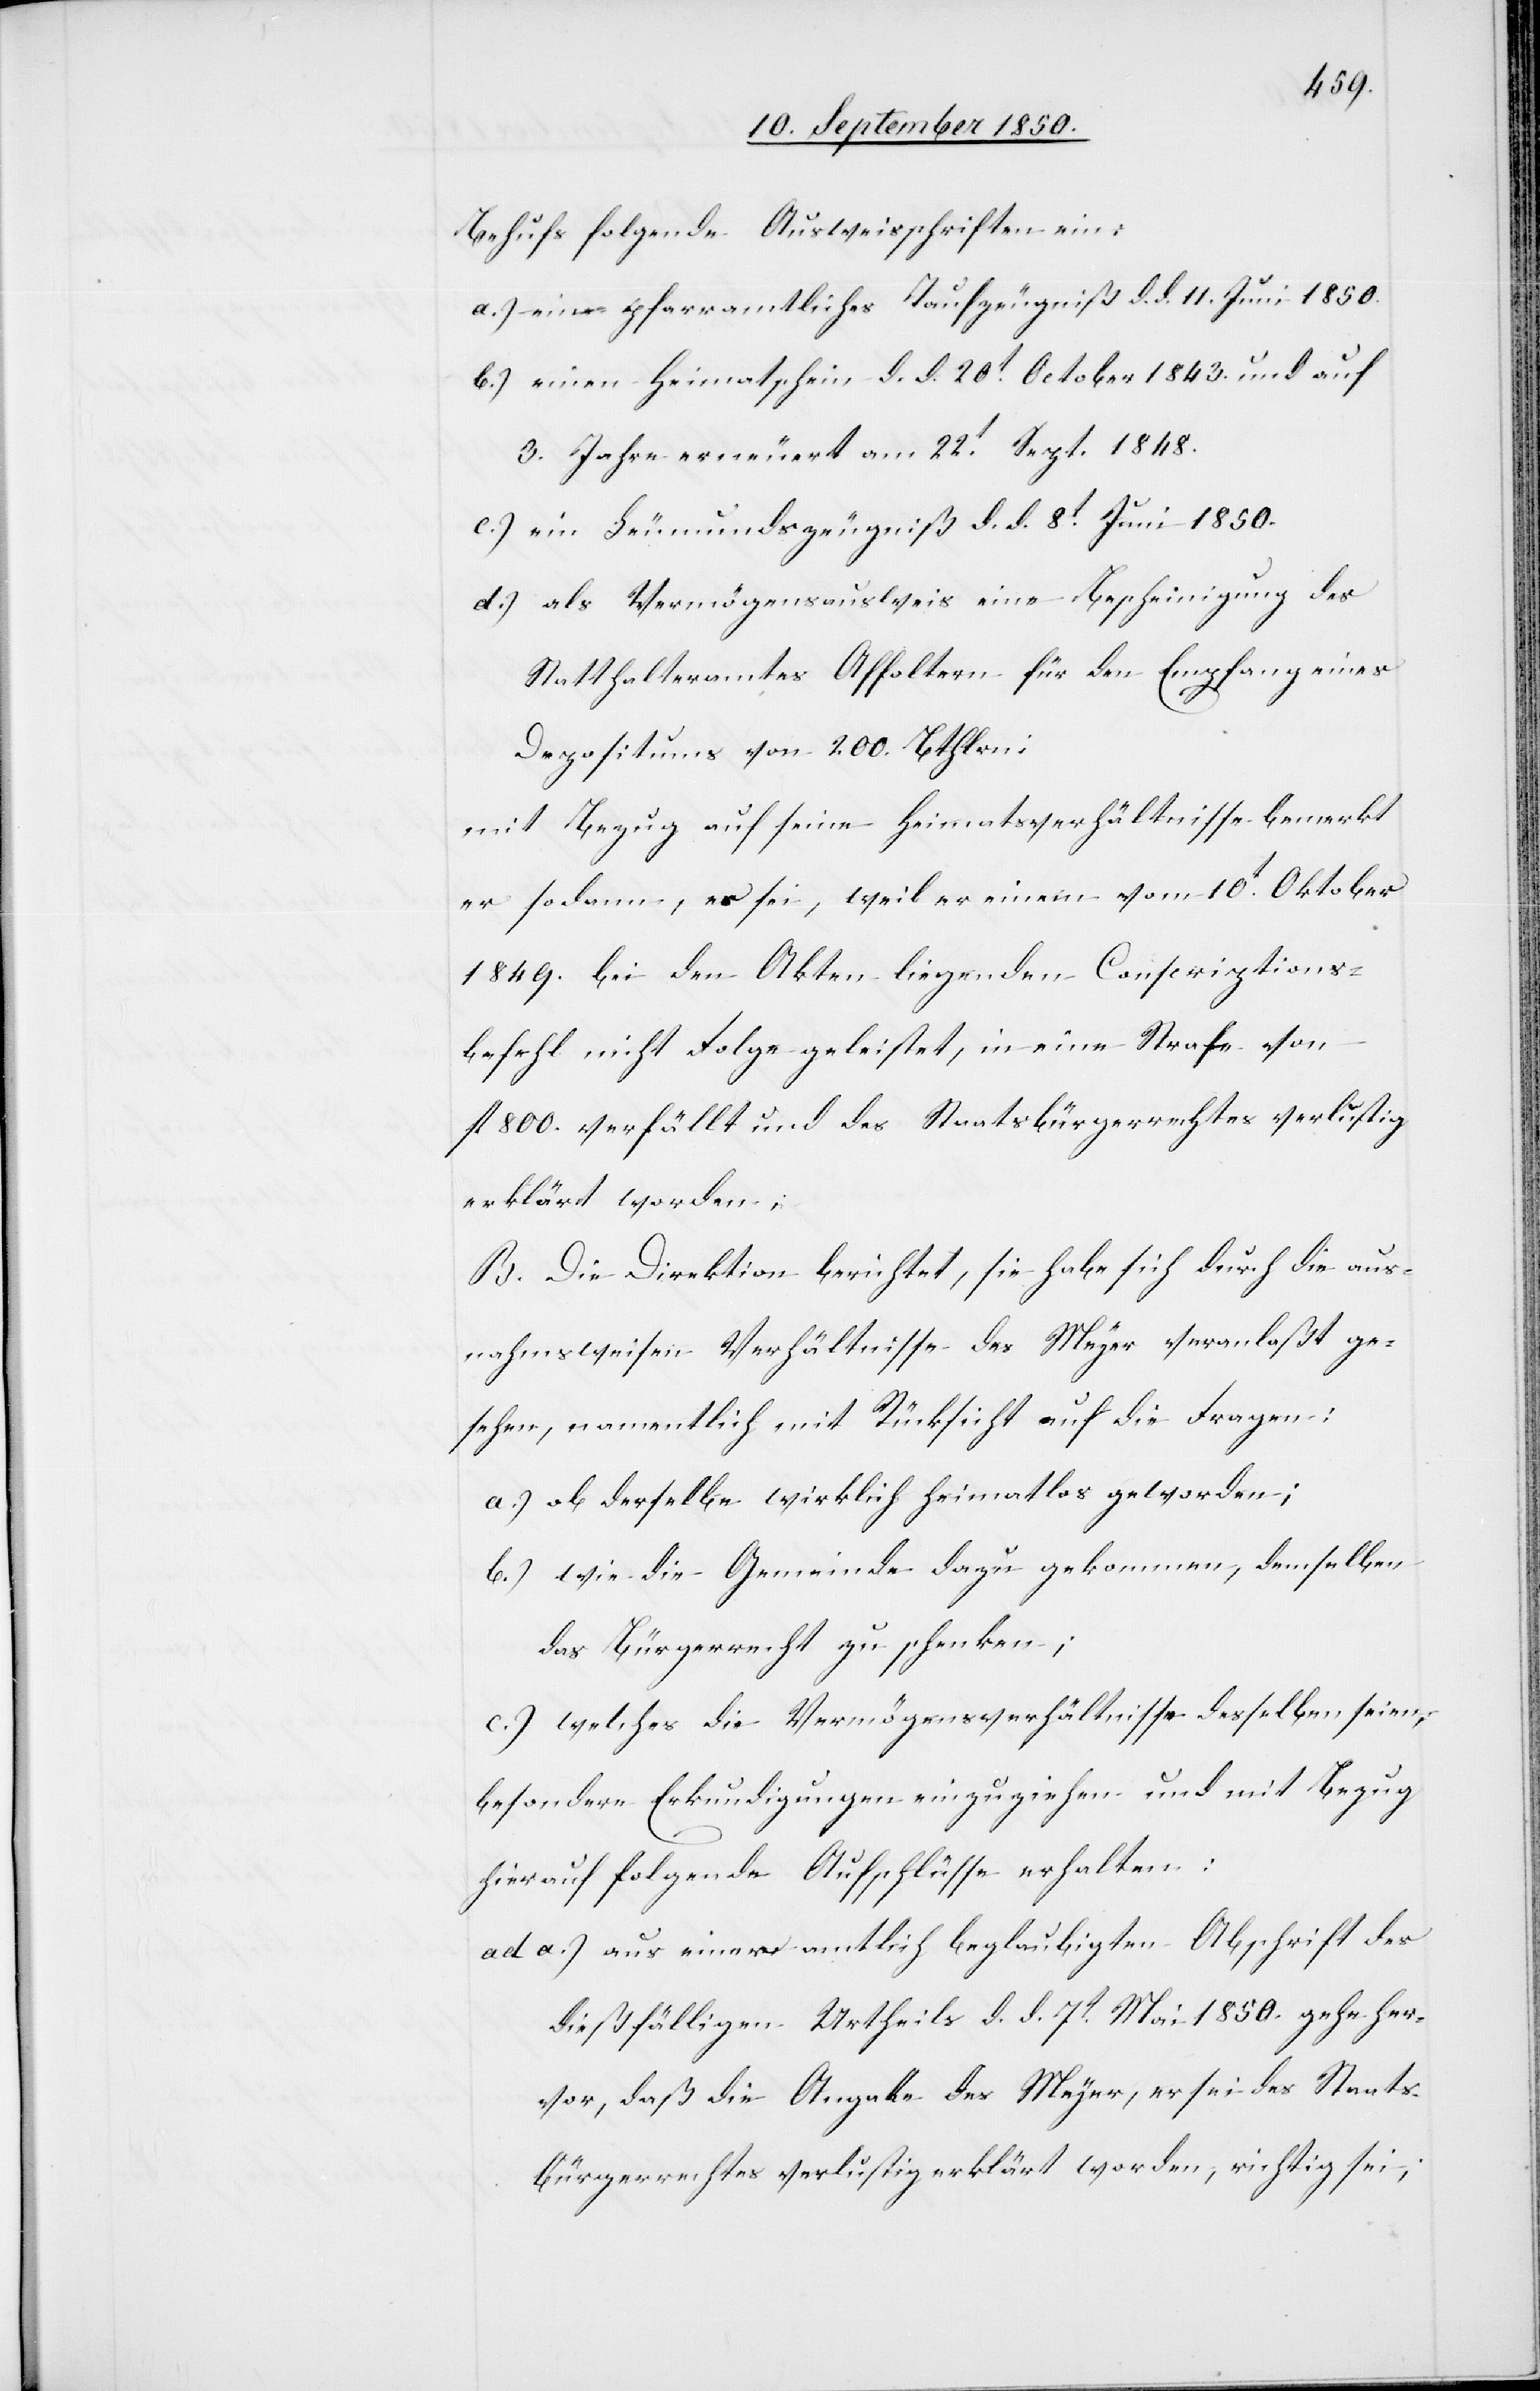
Behufs folgende Ausweisschriften ein:
a.) ein pfarramtliches Taufzeugniß d. d. 11. Juni 1850.
b.) einen Heimatschein d. d. 20t October 1843. und auf
3. Jahre erneuert am 22t Sept. 1848.
c.) ein Leumundszeugniß d. d. 8t Juni 1850.
d.) als Vermögensausweis eine Bescheinigung des
Statthalteramtes Affoltern für den Empfang eines
Depositums von 200. Bthlrn;
mit Bezug auf seine Heimatsverhältnisse bemerkt
er sodann, er sei, weil er einem vom 10t Oktober
1849. bei den Akten liegenden Conscriptions¬
befehl nicht Folge geleistet, in eine Strafe von
fl 800. verfällt und des Staatsbürgerrechtes verlustig
erklärt worden;
B. Die Direktion berichtet, sie habe sich durch die aus¬
nahmsweisen Verhältnisse des Meyer veranlaßt ge¬
sehen, namentlich mit Rücksicht auf die Fragen:
a.) ob derselbe wirklich heimatlos geworden;
b.) wie die Gemeinde dazu gekommen, demselben
das Bürgerrecht zu schenken;
c.) welches die Vermögensverhältnisse desselben seien;
besondere Erkundigungen einzuziehen und mit Bezug
hierauf folgende Aufschlüsse erhalten:
ad a.) aus einer amtlich beglaubigten Abschrift des
dießfälligen Urtheils d. d. 7t Mai 1850. gehe her¬
vor, daß die Angabe des Meyer, er sei des Staats¬
bürgerrechts verlustig erklärt worden, richtig sei;